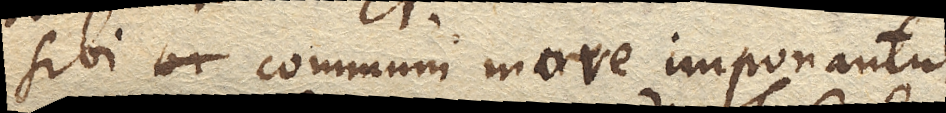
sibi communi more imponantur,